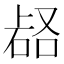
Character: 𱴅